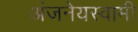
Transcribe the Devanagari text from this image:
अंजनेयस्‍वामी